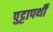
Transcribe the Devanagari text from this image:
पुट्टापर्थी